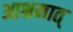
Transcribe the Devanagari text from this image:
आश्रमात्‌